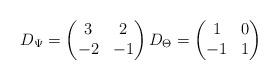
LaTeX: \begin{align*}D_\Psi = \begin{pmatrix}3 & 2\\-2 & -1\end{pmatrix}D_\Theta =\begin{pmatrix}1 & 0 \\ -1 & 1\end{pmatrix}\end{align*}